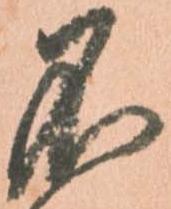
不